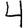
Digit: 4